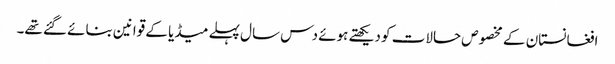
افغانستان کے مخصوص حالات کو دیکھتے ہوئے دس سال پہلے میڈیا کے قوانین بنائے گئے تھے۔